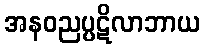
အနဝညပ္ပဋိလာဘာယ